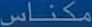
مکناس